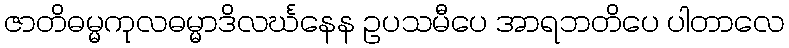
ဇာတိဓမ္မကုလဓမ္မာဒိလင်္ဃနေန ဥပသမီပေ အာရဘတိပေ ပါတာလေ